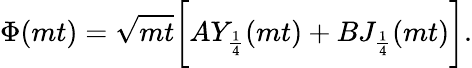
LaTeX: \Phi(mt)=\sqrt{mt}\biggl[AY_{\frac{1}{4}}(mt)+BJ_{\frac{1}{4}}(mt)\biggr].